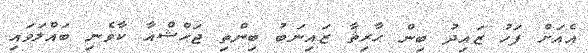
އެއަށް ފަހު ޒައިދު ބިން ޙާރިޘާ ޒައިނަބު ބިންތި ޖަޙްޝްއާ ކާވެނި ބައްލަވައި